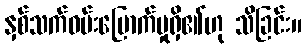
နှစ်သက်ဝမ်းမြောက်မှုရှိ၏ဟု သိခြင်း။